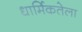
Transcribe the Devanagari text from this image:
धार्मिकतेला